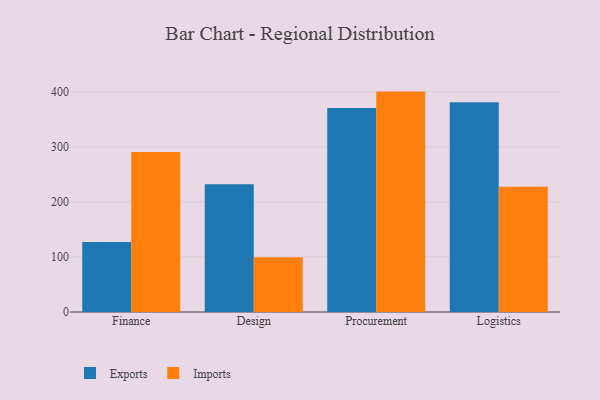
{"axis": {"x": "Department", "y": "Inventory Turnover"}, "legend": ["Exports", "Imports"], "data": [{"x": "Finance", "y": 127.3, "type": "Exports"}, {"x": "Finance", "y": 290.6, "type": "Imports"}, {"x": "Design", "y": 231.9, "type": "Exports"}, {"x": "Design", "y": 99.6, "type": "Imports"}, {"x": "Procurement", "y": 370.4, "type": "Exports"}, {"x": "Procurement", "y": 400.3, "type": "Imports"}, {"x": "Logistics", "y": 380.9, "type": "Exports"}, {"x": "Logistics", "y": 227.6, "type": "Imports"}]}